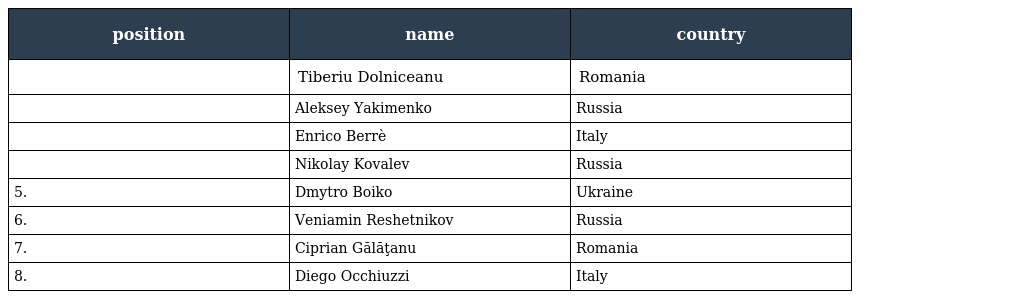
| position | name | country |
 | --- | --- | --- |
 |  | Tiberiu Dolniceanu | Romania |
 |  | Aleksey Yakimenko | Russia |
 |  | Enrico Berrè | Italy |
 |  | Nikolay Kovalev | Russia |
 | 5. | Dmytro Boiko | Ukraine |
 | 6. | Veniamin Reshetnikov | Russia |
 | 7. | Ciprian Gălăţanu | Romania |
 | 8. | Diego Occhiuzzi | Italy |